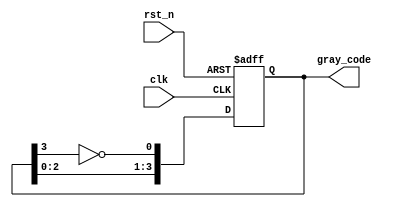
module gray_ring_counter(
    input wire clk,
    input wire rst_n,
    output reg [3:0] gray_code
);

reg [3:0] gray_code_reg;

always @(posedge clk or negedge rst_n) begin
    if (~rst_n) begin
        gray_code_reg <= 4'b0000;
    end else begin
        gray_code_reg <= {gray_code_reg[2:0], ~gray_code_reg[3]};
    end
end

assign gray_code = gray_code_reg;        

endmodule